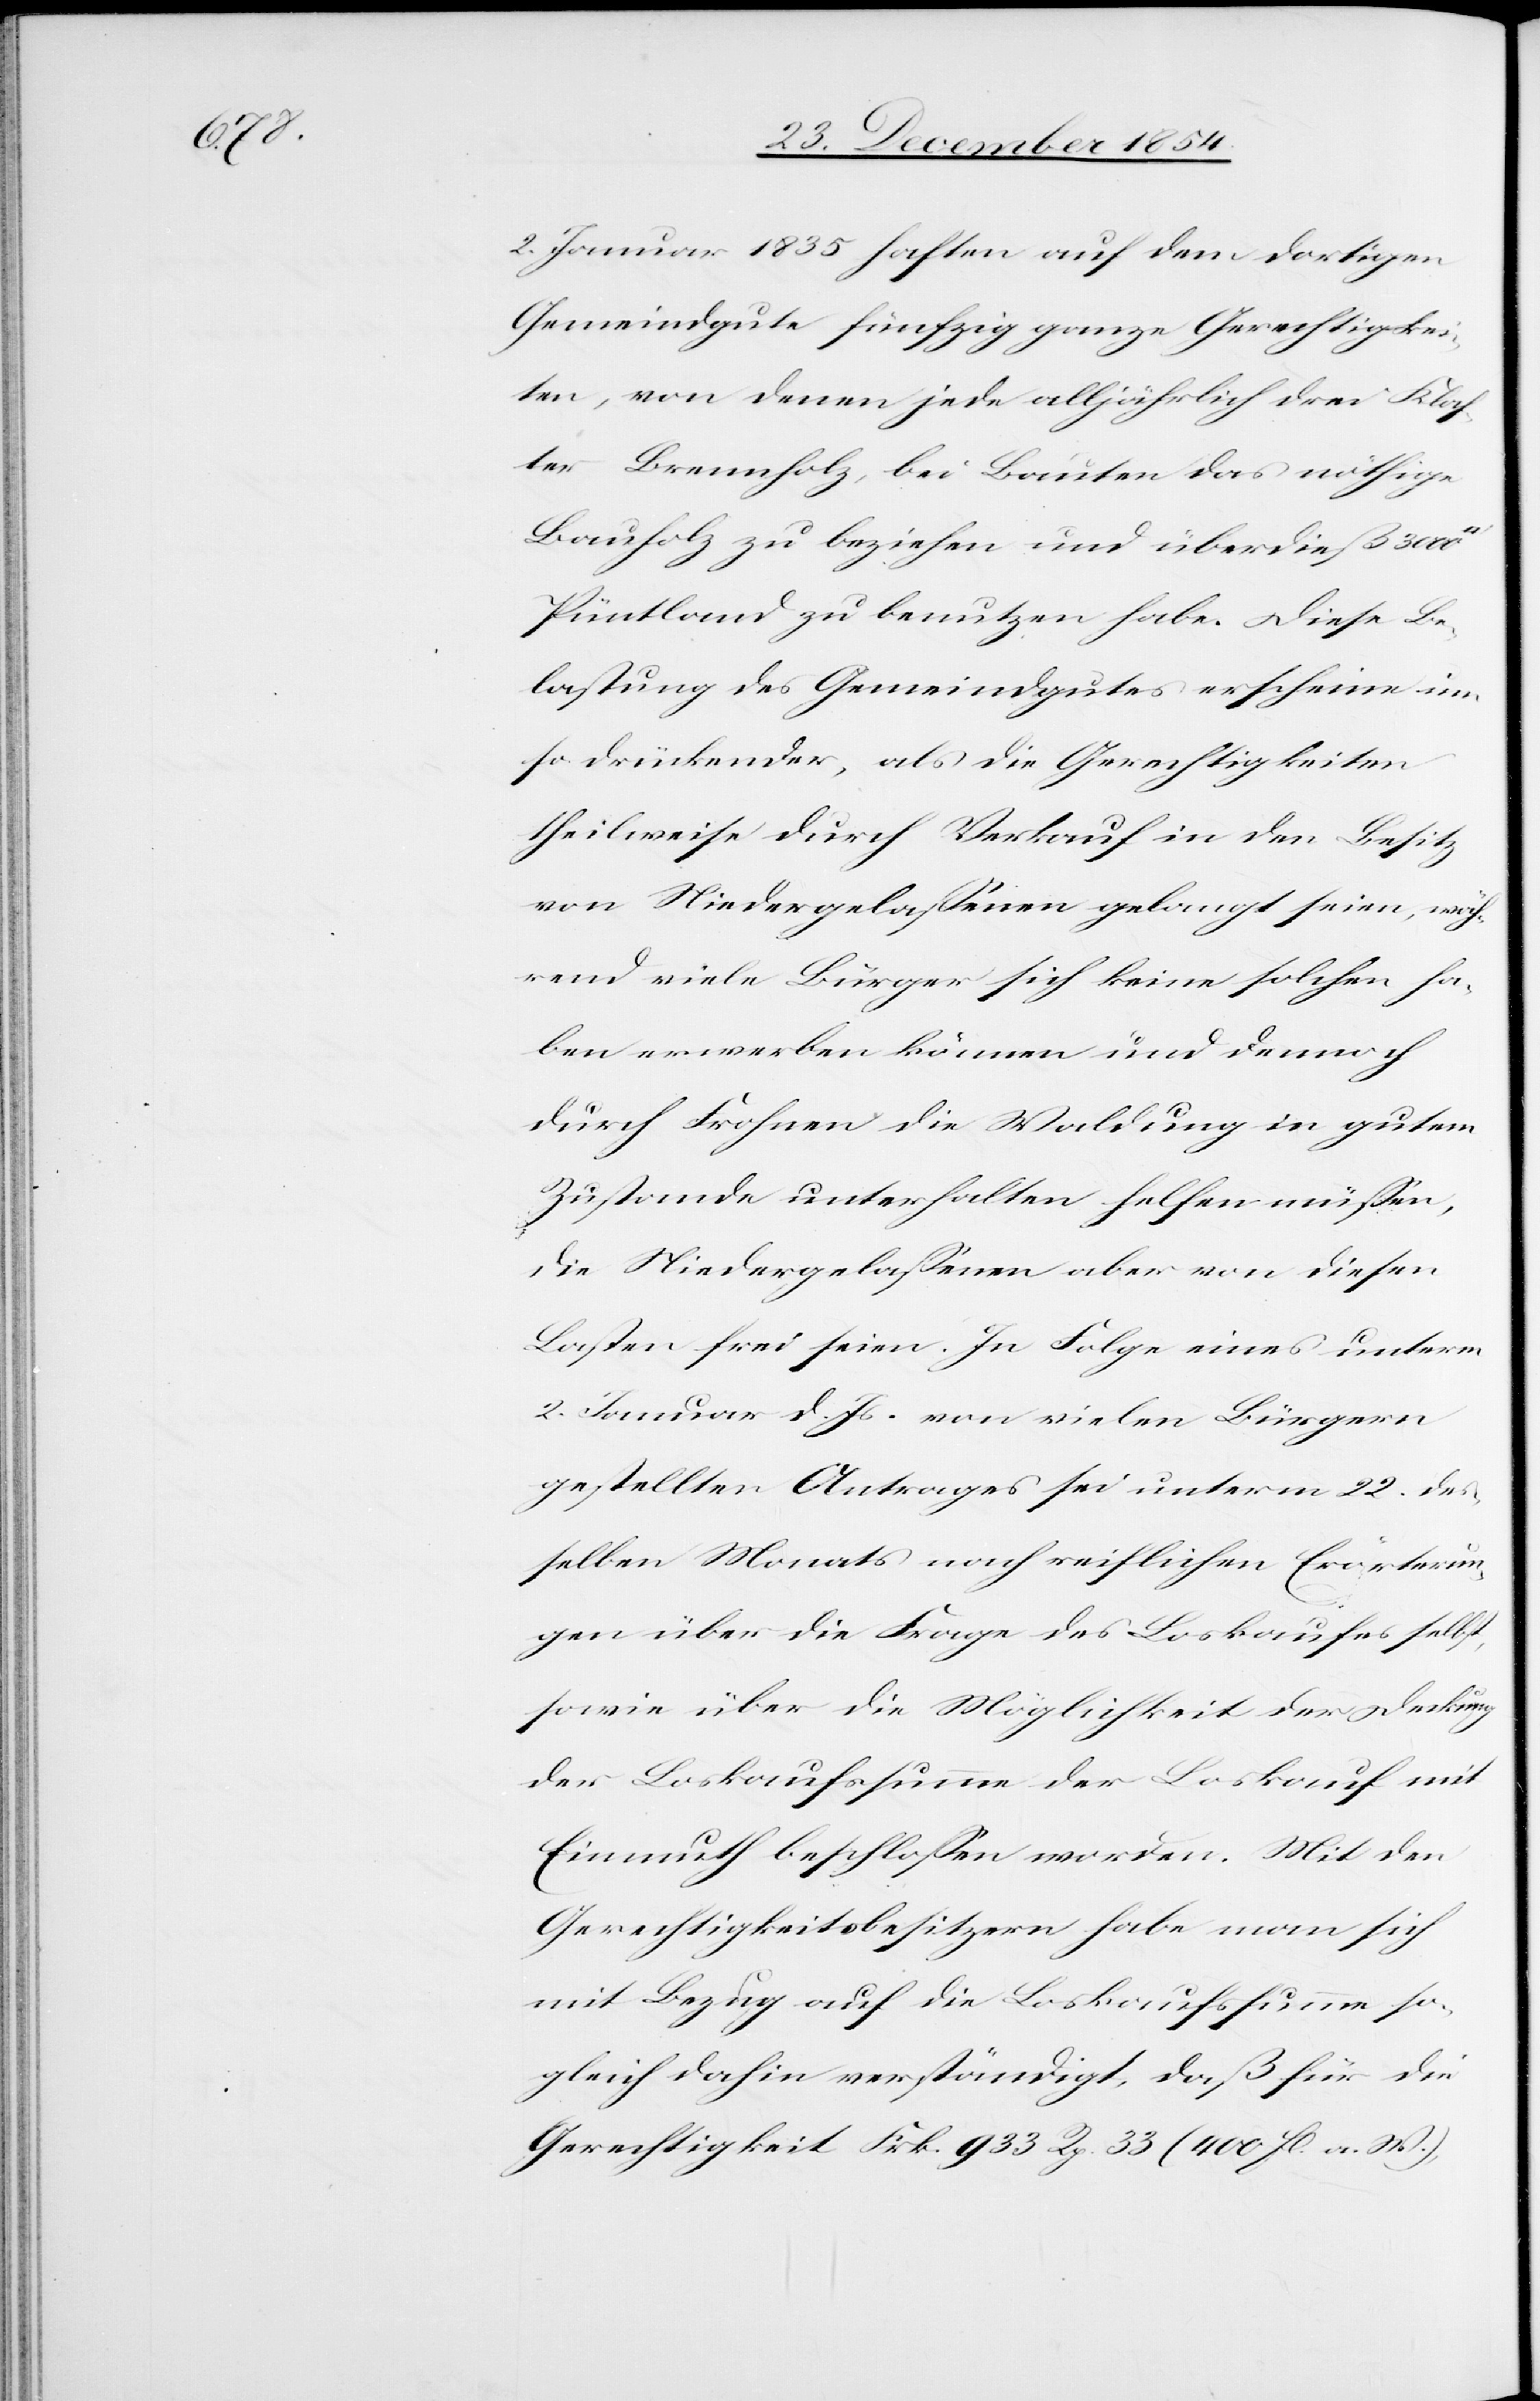
2. Januar 1835 haften auf dem dortigen
Gemeindgute fünfzig ganze Gerechtigkei¬
ten, von denen jede alljährlich drei Klas¬
ter Brennholz, bei Bauten das nöthige
Bauholz zu beziehen und überdieß 3000
Püntland zu benutzen habe. Diese Be¬
lastung des Gemeindgutes erscheine um
so drückender, als die Gerechtigkeiten
theilweise durch Verkauf in den Besitz
von Niedergelaßenen gelangt seien, wäh¬
rend viele Bürger sich keine solchen ha¬
ben erwerben können und dennoch
durch Frohnen die Waldung in gutem
Zustande unterhalten helfen müßen,
die Niedergelaßenen aber von diesen
Lasten frei seien. In Folge eines unterm
2. Januar d. Js. von vielen Bürger
gestellten Antrages sei unterm 22. des¬
selben Monats nach reiflichen Erörterun¬
gen über die Frage des Loskaufes selbst,
sowie über die Möglichkeit der Deckung
der Loskaufssumme der Loskauf mit
Einmuth beschloßen worden. Mit den
Gerechtigkeitsbesitzern habe man sich
mit Bezug auf die Loskaufssumme so¬
gleich dahin verständigt, daß für die
Gerechtigkeit Frk. 933 Rp. 33 (400 fl. a. W.)